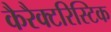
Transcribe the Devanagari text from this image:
कैरैक्टरिस्टिक